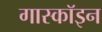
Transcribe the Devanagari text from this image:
गास्कॉइन